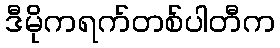
ဒီမိုကရက်တစ်ပါတီက